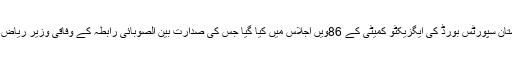
اس بات کا فیصلہ پاکستان سپورٹس بورڈ کی ایگزیکٹو کمیٹی کے 86ویں اجلاس میں کیا گیا جس کی صدارت بین الصوبائی رابطہ کے وفاقی وزیر ریاض حسین پیرزادہ نے کی۔